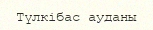
Түлкібас ауданы